Magi,_Artur, lk 10
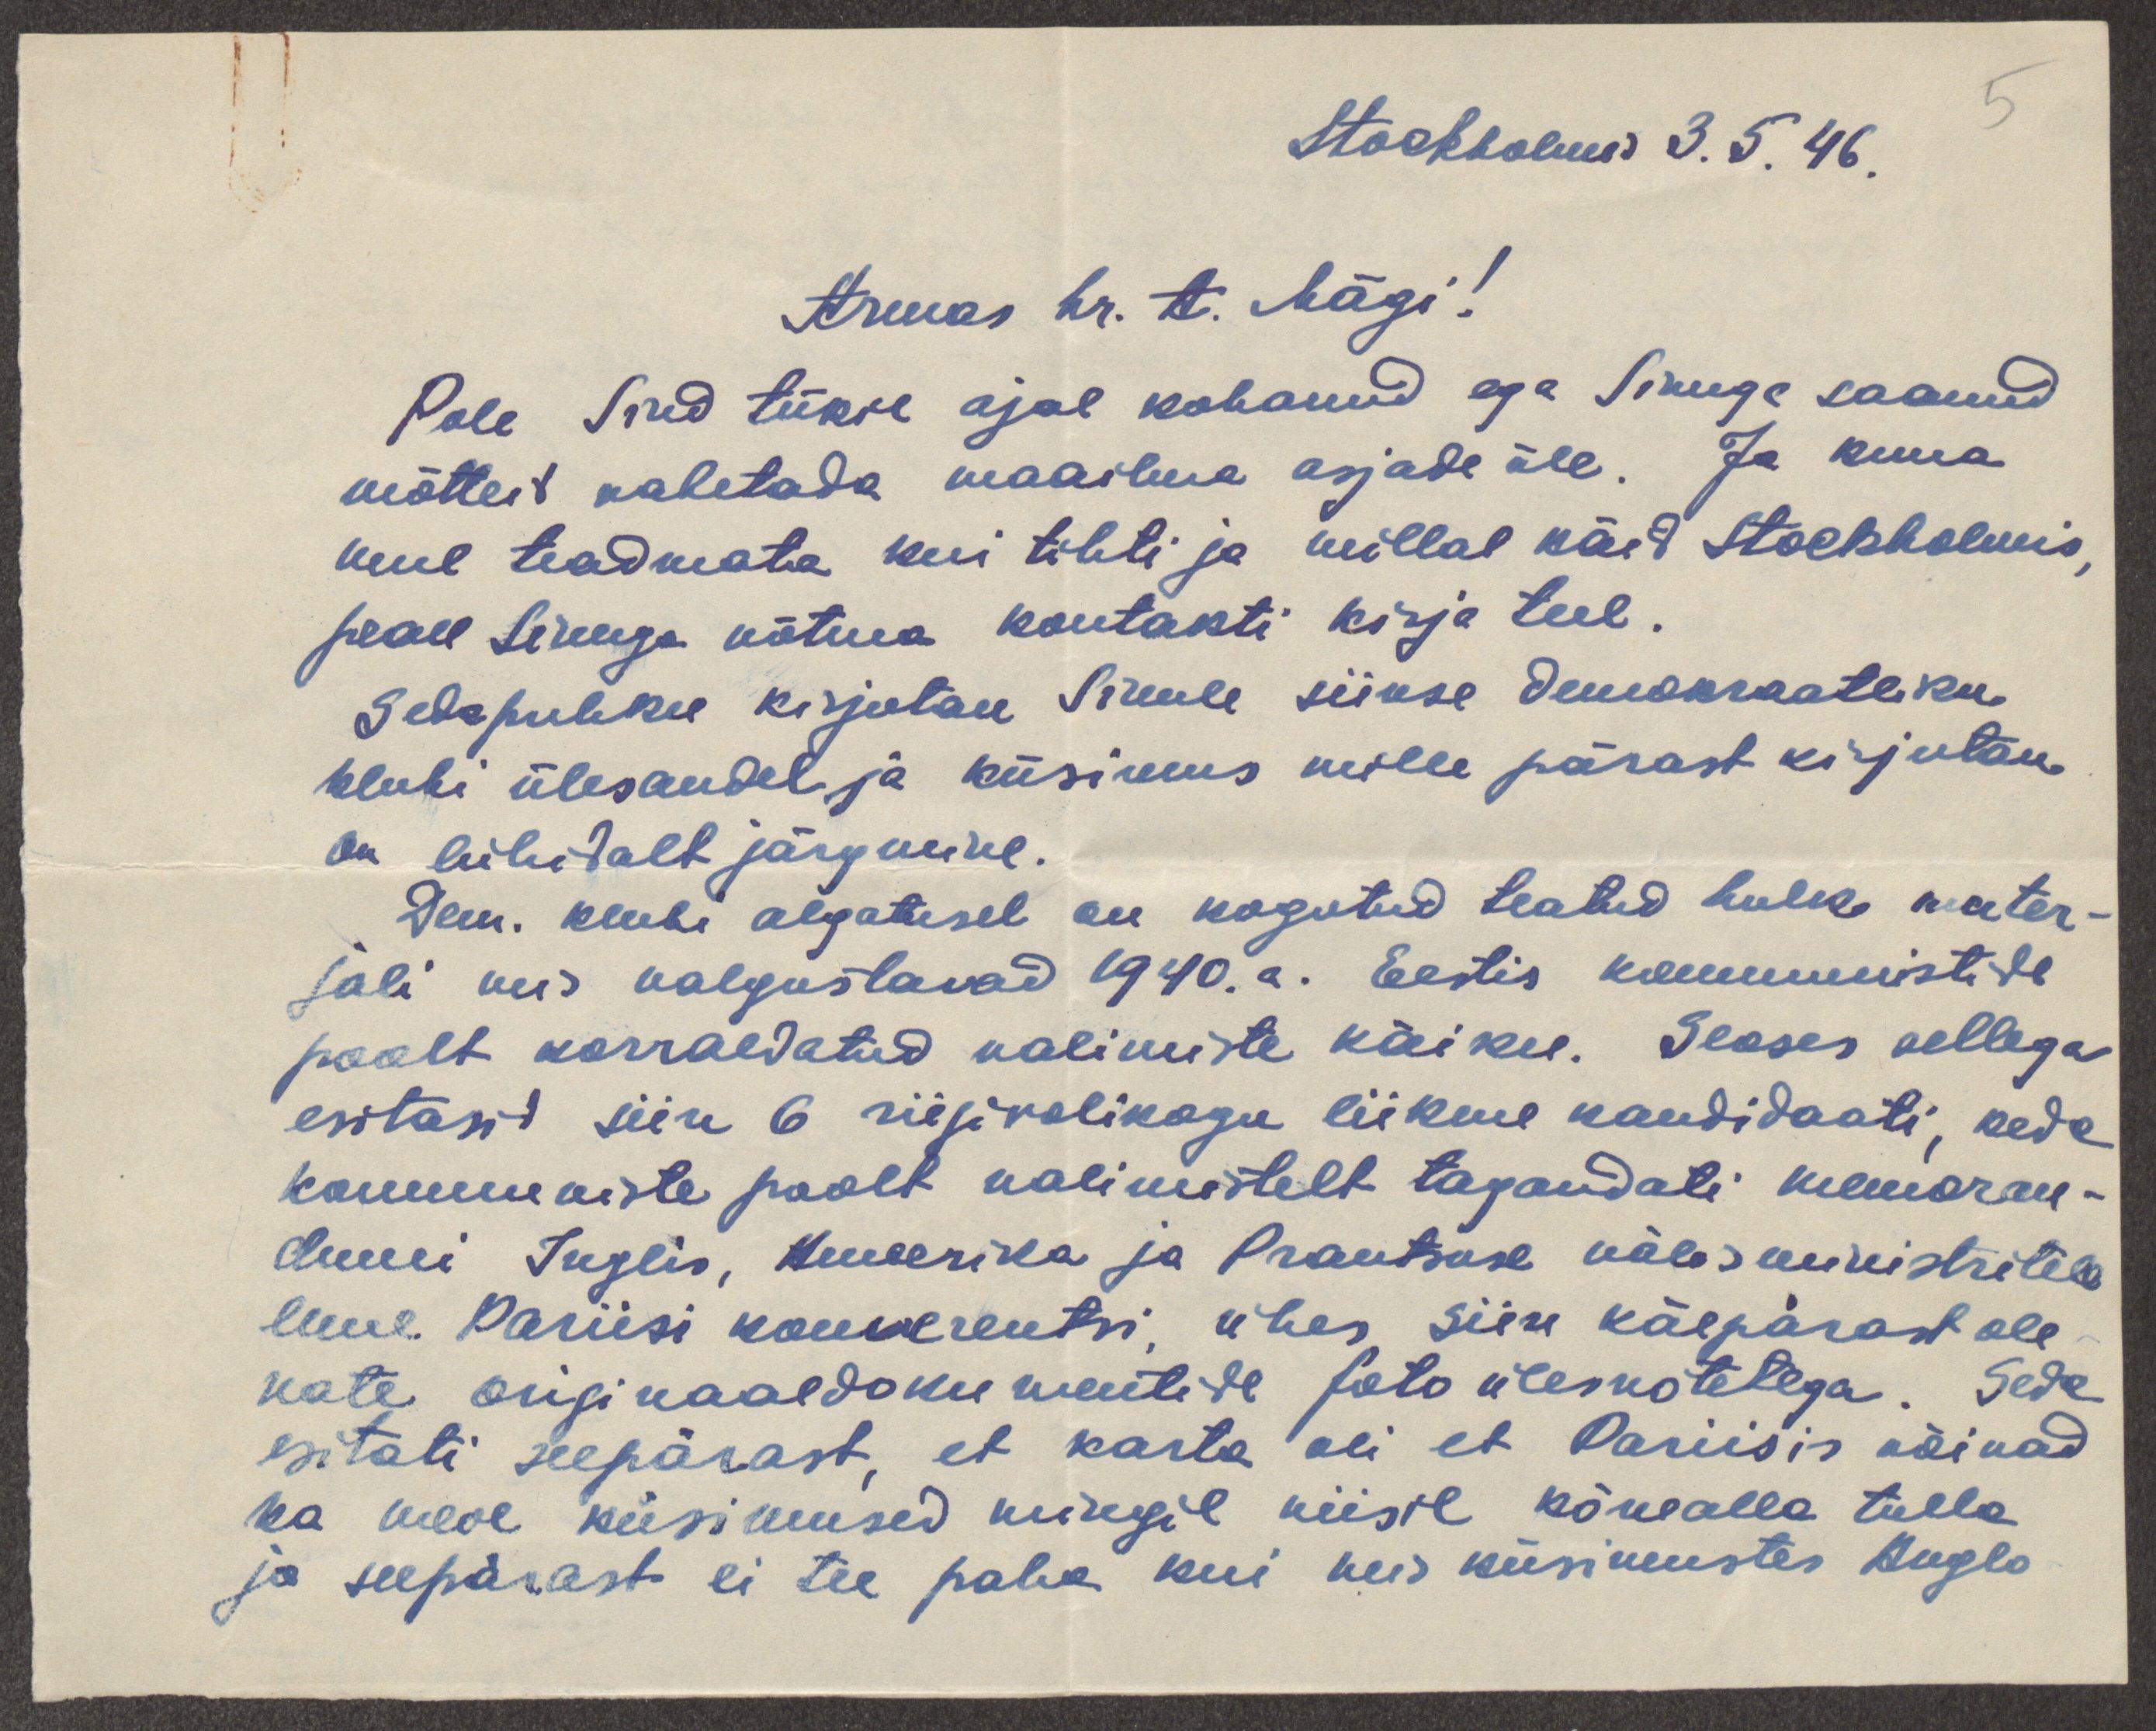
Stockholmis 3.5. 46.
Armas hr. A. Mägi!
Pole Sind tükil ajal kohanud ega Sinuga saanud
mõtteid vahetada maailma asjade üle. Ja kuna
mul teadmata kui tihti ja millal käid Stockholmis,
pean Sinuga võtma kontakti kirja teel.
Sedapuhku kirjutan Sinule siinse demokraatliku
klubi ülesandel ja küsimus mille pärast kirjutan
on lühidalt järgmine.
Dem. klubi algatusel on kogutud teatud hulk mater-
jali mis valgustavad 1940.a. Eestis kommunistide
poolt korraldatud valimiste käiku. Seoses sellega
esitasid siin 6 riigivolikogu liikme kandidaati, keda
kommuniste poolt valimistelt tagandati memoran-
dumi Inglis, Ameerika ja Prantsuse välisministritele
enne Pariisi konverentsi, ühes siin käepärast ole-
vate originaaldokumentide fotoülesvõtetega. Seda
esitati seepärast, et karta oli et Pariisis võivad
ka meie küsimused mingil viisil kõnealla tulla
ja seepärast ei tee paha kui neis küsimustes Anglo